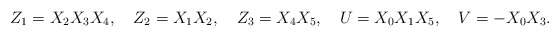
\begin{align*} Z_1 =X_2X_3X_4,\quad Z_2=X_1X_2, \quad Z_3=X_4X_5,\quad U=X_0X_1X_5,\quad V=-X_0X_3.\end{align*}